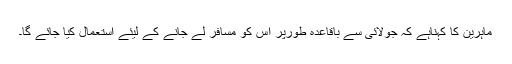
ماہرین کا کہناہے کہ جولائی سے باقاعدہ طورپر اس کو مسافر لے جانے کے لیئے استعمال کیا جائے گا۔